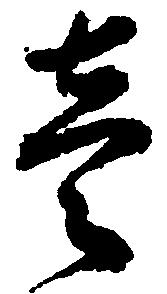
壱